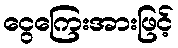
ငွေကြေးအားဖြင့်